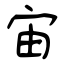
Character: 宙